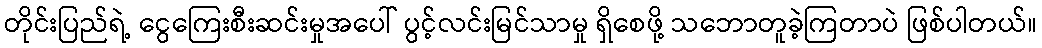
တိုင်းပြည်ရဲ့ ငွေကြေးစီးဆင်းမှုအပေါ် ပွင့်လင်းမြင်သာမှု ရှိစေဖို့ သဘောတူခဲ့ကြတာပဲ ဖြစ်ပါတယ်။